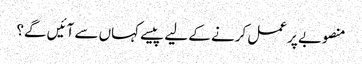
منصوبے پر عمل کرنے کے لیے پیسے کہاں سے آئیں گے؟